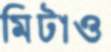
মিটাও